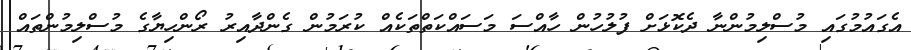
އެގައުމުގައި މުސްލިމުންނާ ދެކޮޅަށް ފުލުހުން ހާއްސަ މަސައްކަތްތަކެއް ކުރަމުން ގެންދާއިރު ރޯންހިޔާގެ މުސްލިމުންތައް